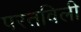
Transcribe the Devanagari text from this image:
परतविली